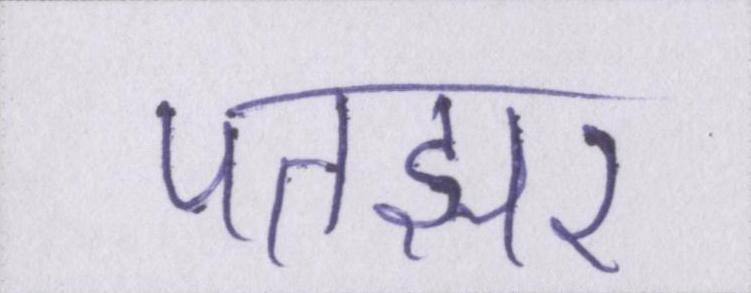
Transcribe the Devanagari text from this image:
पतझर